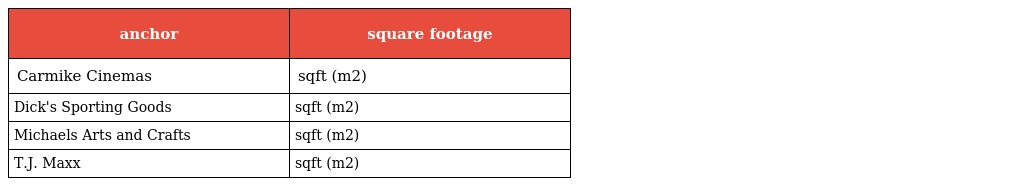
| anchor | square footage |
 | --- | --- |
 | Carmike Cinemas | sqft (m2) |
 | Dick's Sporting Goods | sqft (m2) |
 | Michaels Arts and Crafts | sqft (m2) |
 | T.J. Maxx | sqft (m2) |